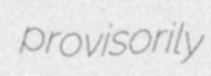
provisorily